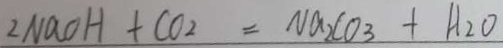
2 N a O H + C O _ { 2 } = N a _ { 2 } C O _ { 3 } + H _ { 2 } O